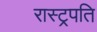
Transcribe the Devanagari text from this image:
रास्ट्रपति